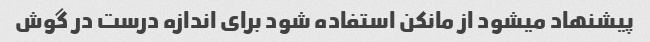
پیشنهاد میشود از مانکن استفاده شود برای اندازه درست در گوش